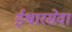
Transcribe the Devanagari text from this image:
ईश्वारसेवा